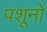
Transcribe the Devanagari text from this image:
पशूनों